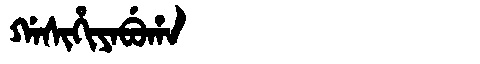
Manchu: ᡤᠠᠰᡳᡥᡳᠶᠠᠪᡠᡥᠠ
Romanization: GASIHIYABUHA